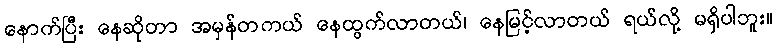
နောက်ပြီး နေဆိုတာ အမှန်တကယ် နေထွက်လာတယ်၊ နေမြင့်လာတယ် ရယ်လို့ မရှိပါဘူး။